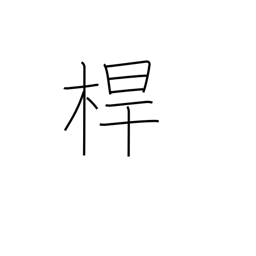
Meaning: pole